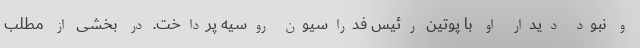
و نبود دیدار او با پوتین رئیس فدراسیون روسیه پرداخت. در بخشی از مطلب